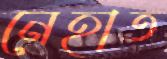
নেহাত